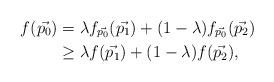
LaTeX: \begin{align*}f(\vec{p_0}) &= \lambda f_{\vec{p_0}} (\vec{p_1}) + (1 - \lambda) f_{\vec{p_0}}(\vec{p_2}) \\&\geq \lambda f(\vec{p_1}) + (1 - \lambda) f(\vec{p_2}),\end{align*}